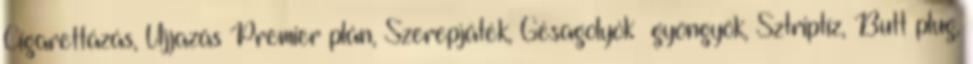
Cigarettázás, Ujjazás Premier plán, Szerepjáték, Gésagolyók gyöngyök, Sztriptíz, Butt plug,